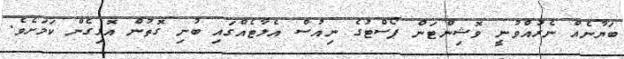
ބަޔާނެއް ނެރުއްވުނީ ވޮޝިންޓަން ޕޯސްޓުގެ ނިއުސް އެލާޓެއްގައި ބުނި ގޮތުން އޮޅިގެން ކަމަށެވެ.